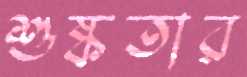
শুষ্কতার